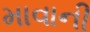
માવાની